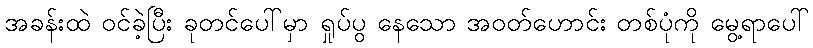
အခန်းထဲ ဝင်ခဲ့ပြီး ခုတင်ပေါ်မှာ ရှုပ်ပွ နေသော အဝတ်ဟောင်း တစ်ပုံကို မွေ့ရာပေါ်